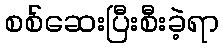
စစ်ဆေးပြီးစီးခဲ့ရာ